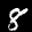
Label: 8